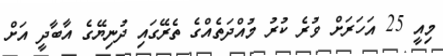
މިއީ 25 އަހަރަށް ވުރެ ކުރު މުއްދަތެއްގެ ތެރޭގައި ދުނިޔޭގެ އާބާދީ އަށް